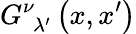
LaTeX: G_{\ \ \lambda^{\prime}}^{\nu}\left(x,x^{\prime}\right)